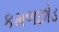
કમળછોડ